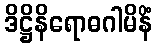
ဒိဋ္ဌိနိရောဓဂါမိနိံ